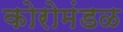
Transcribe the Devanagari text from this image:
कोरोमंडळ